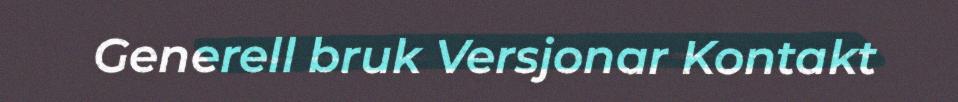
Generell bruk Versjonar Kontakt